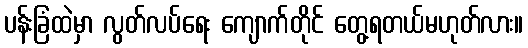
ပန်းခြံထဲမှာ လွတ်လပ်ရေး ကျောက်တိုင် တွေ့ရတယ်မဟုတ်လား။